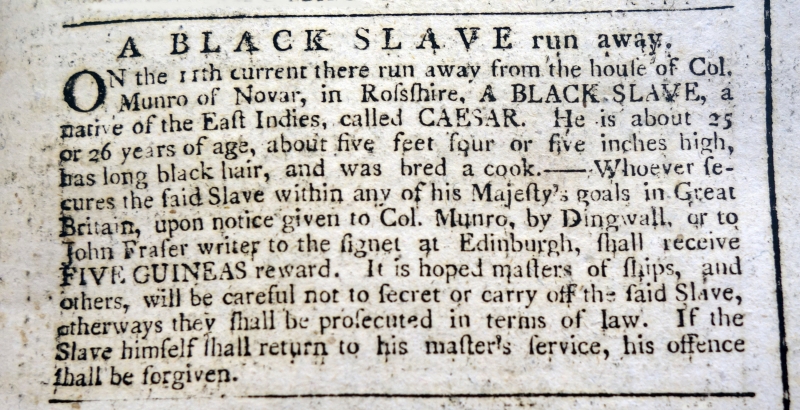
Edinburgh Evening Courant, 22 June 1771 (Scotland)
A BLACK SLAVE run away.ON the 11th current there run away from the house of Col. Munro of Novar, in Rossshire, A BLACK SLAVE, a native of the East Indies, called CAESAR. He is about 25 or 26 years of age, about five feet four or five inches high, has long black hair, and was bred a cook. - Whoever secures the said Slave within any of his Majesty’s goals in Great Britain, upon notice to Col. Munro, by Dingwall, or to John Fraser writer to the signet at Edinburgh, shall receive FIVE GUINEAS reward. It is hoped masters of ships, and others, will be careful not to secret or carry off the said Slave, otherways they shall be prosecuted in terms of law. If the Slave himself shall return to his master's service, his offence shall be forgiven.